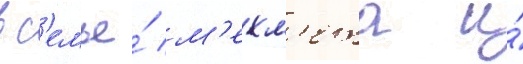
в с'емье́ м'ехм'ета и́